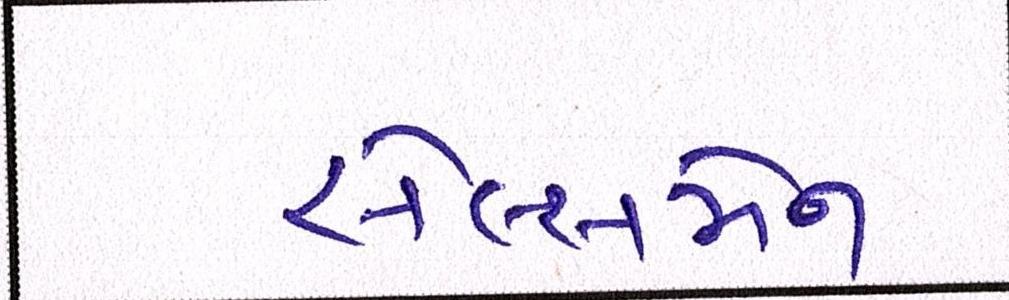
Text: સેલ્સમેન